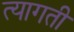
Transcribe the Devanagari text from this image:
त्यागती